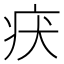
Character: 𤴻